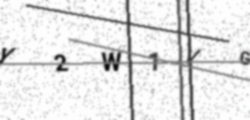
Text: Y2W1VG